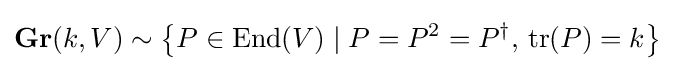
\mathbf {Gr} (k,V)\sim \left\{P\in \mathrm {End} (V)\mid P=P^{2}=P^{\dagger },\,\mathrm {tr} (P)=k\right\}